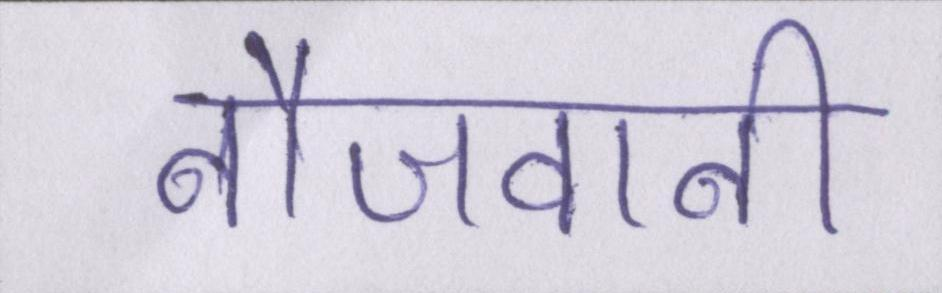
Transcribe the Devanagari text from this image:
नौजवानी